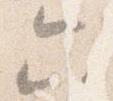
六